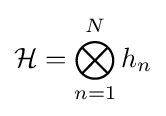
{\mathcal {H}}=\bigotimes _{n=1}^{N}h_{n}